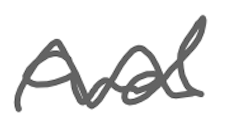
Text: and
Cross-out: wave
Writing tool: digital_gray